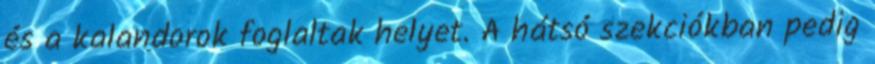
és a kalandorok foglaltak helyet. A hátsó szekciókban pedig